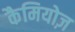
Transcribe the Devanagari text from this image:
कैमियोज़